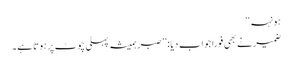
ہونہہ‘‘
ضمیرنے بھی فوراً جواب دیا : ’’صبر ہمیشہ پہلی چوٹ پر ہوتا ہے ۔